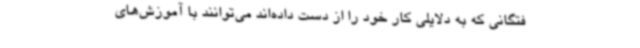
فتگانی که به دلایلی کار خود را از دست داده‌اند می‌توانند با آموزش‌های